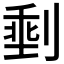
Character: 𪟏